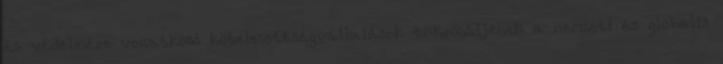
és védelmére vonatkozó kötelezettségvállalások tükröződjenek a nemzeti és globális